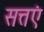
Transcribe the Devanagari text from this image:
सत्तएं